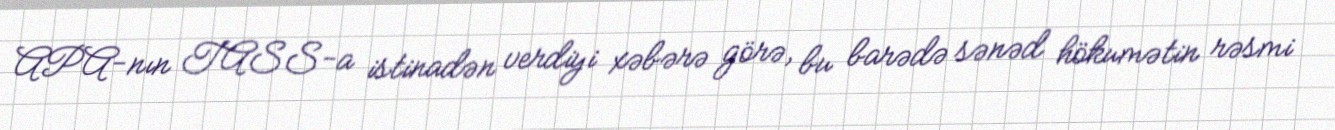
APA-nın TASS-a istinadən verdiyi xəbərə görə, bu barədə sənəd hökumətin rəsmi